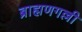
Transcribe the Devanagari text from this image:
ब्राह्मणगल्ली